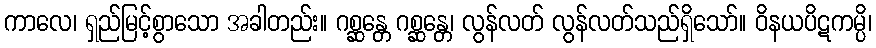
ကာလေ၊ ရှည်မြင့်စွာသော အခါတည်း။ ဂစ္ဆန္တေ ဂစ္ဆန္တေ၊ လွန်လတ် လွန်လတ်သည်ရှိသော်။ ဝိနယပိဋကမ္ပိ၊